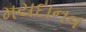
મયદાનવ